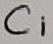
Text: C1